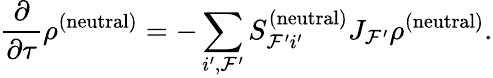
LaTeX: \frac{\partial}{\partial\tau}\rho_{}^{(\mathrm{neutral})}=-\sum_{i^{\prime},\mathcal{F}^{\prime}}S_{\mathcal{F}^{\prime}i^{\prime}}^{(\mathrm{neutral})}J_{\mathcal{F}^{\prime}}\rho^{(\mathrm{neutral})}.